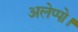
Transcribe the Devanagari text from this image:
अलेप्पो।